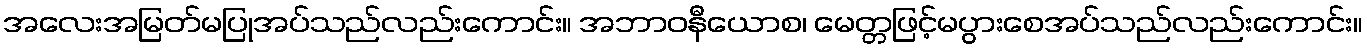
အလေးအမြတ်မပြုအပ်သည်လည်းကောင်း။ အဘာဝနီယောစ၊ မေတ္တဖြင့်မပွားစေအပ်သည်လည်းကောင်း။